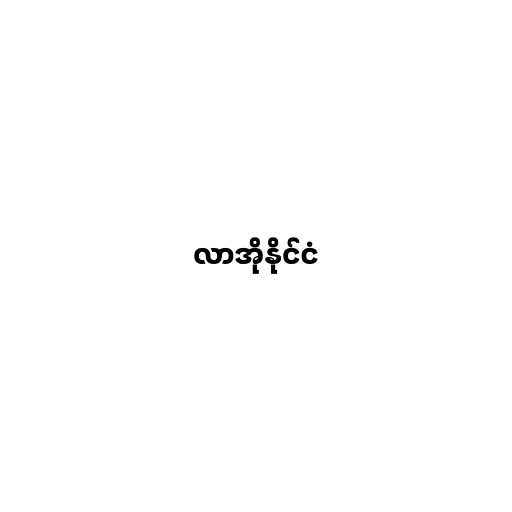
လာအိုနိုင်ငံ